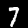
Label: 7